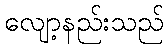
လျော့နည်းသည်